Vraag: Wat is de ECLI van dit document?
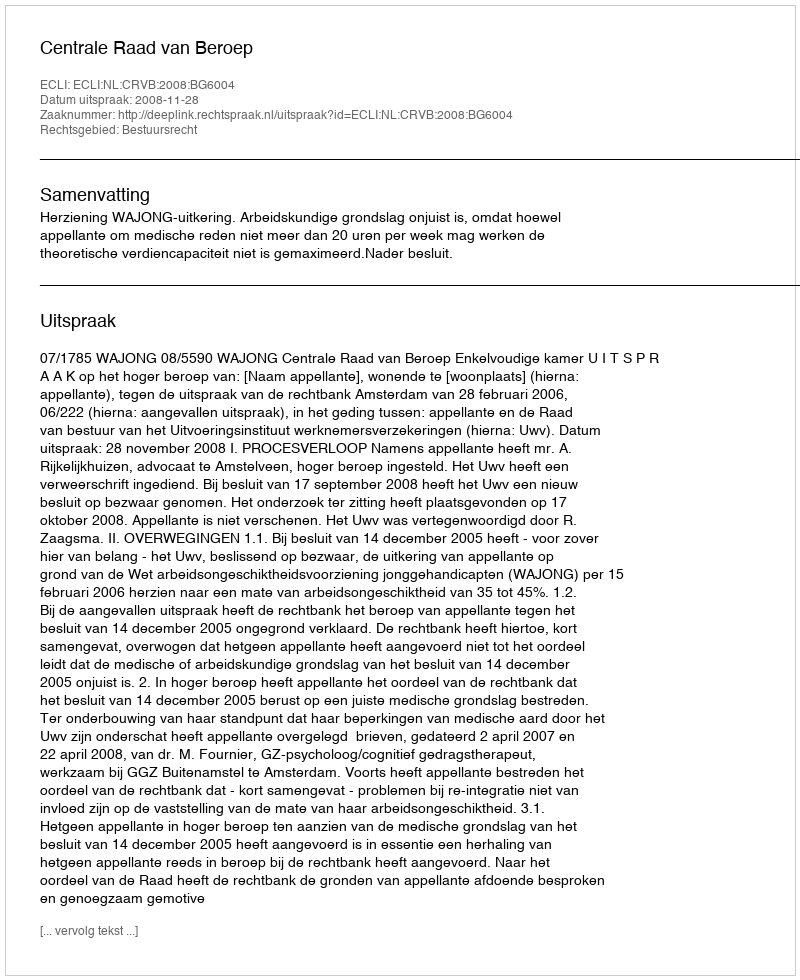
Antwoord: ECLI:NL:CRVB:2008:BG6004